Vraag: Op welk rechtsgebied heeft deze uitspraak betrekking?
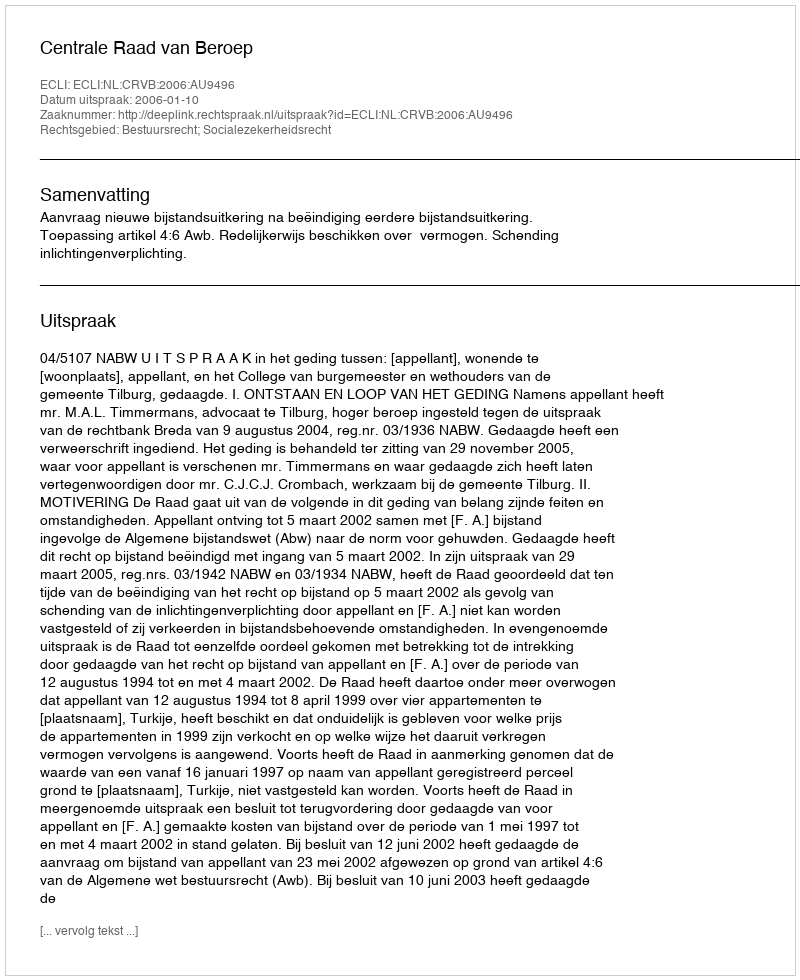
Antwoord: Bestuursrecht; Socialezekerheidsrecht